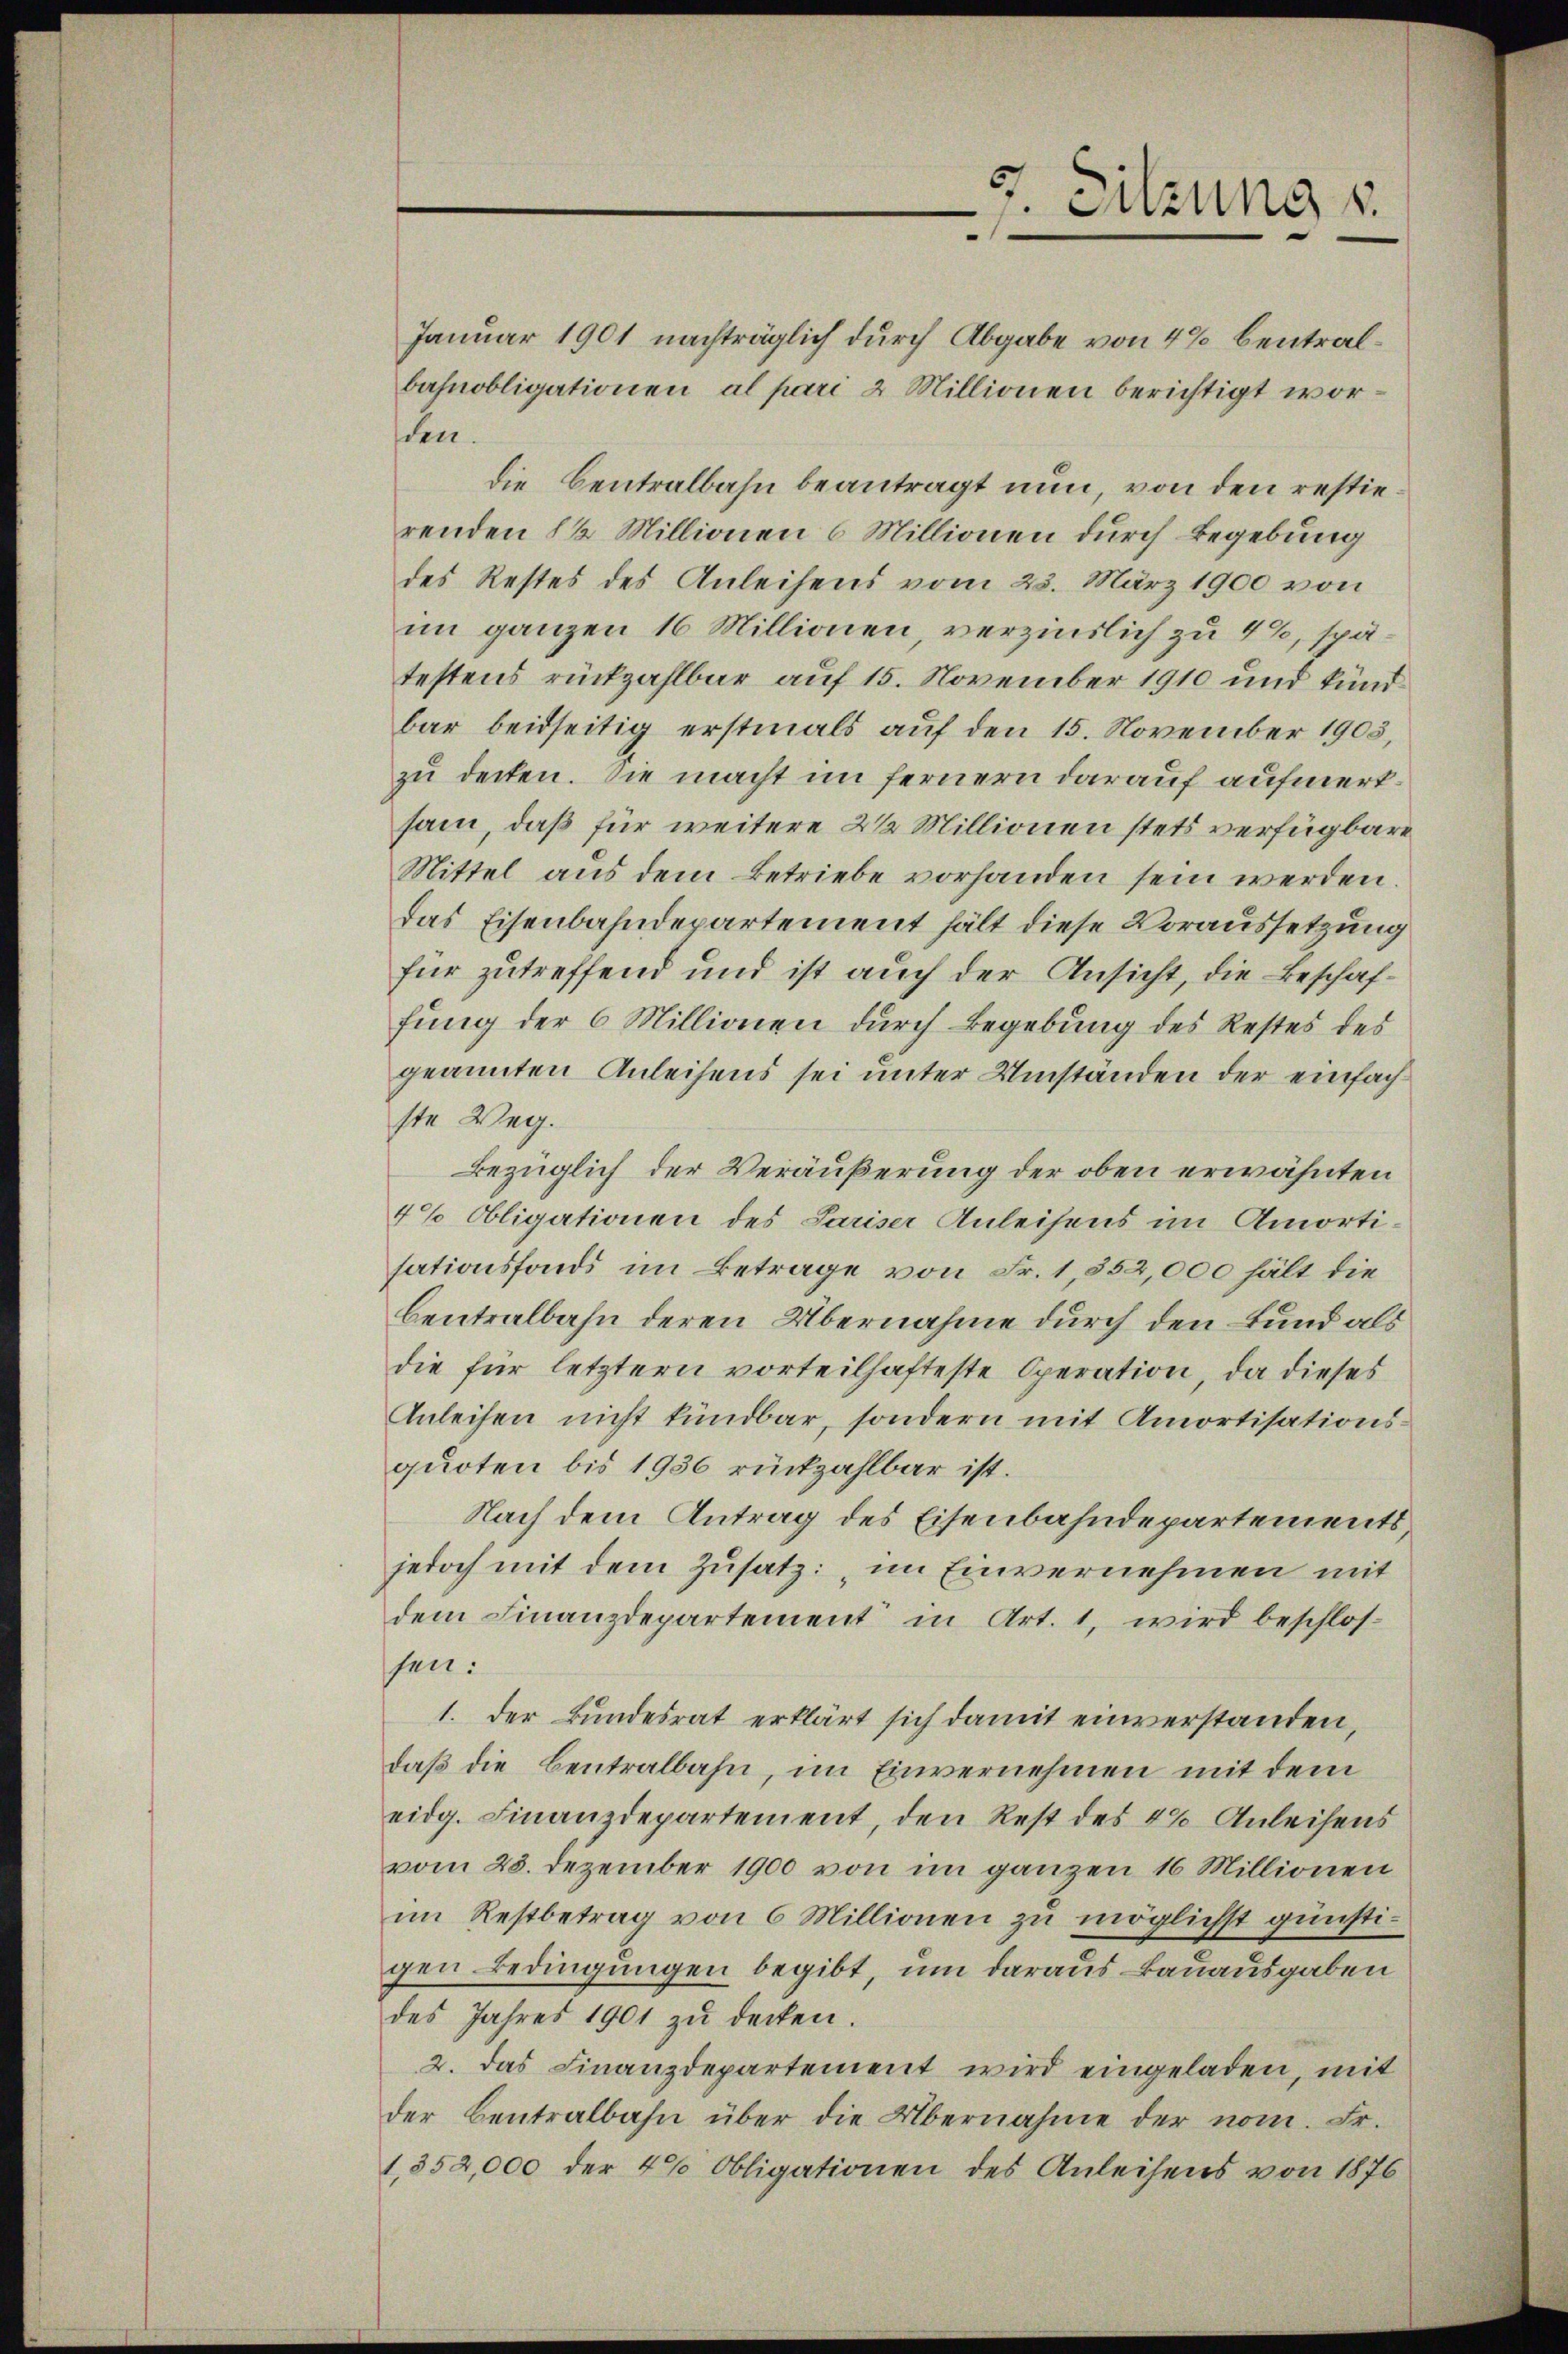
7 Sitzung v

Januar 1901 nachträglich durch Abgabe von 4% Centralbahnobligationen, al pare 2 Millionen berichtigt worden.
die Centralbahn beantragt nun, von den restierenden 1 1/2 Millionen 6 Millionen durch Begebung
des Restes des Anleihens vom 23. März 1900 von
im ganzen 16 Millionen, verzinslich zu 4%, spätestens rückzahlbar auf 15. November 1910 und kundbar beidseitig erstmals auf den 15. November 1903,
zu decken. Sie macht im fernern darauf aufmerksam, daß für weitere 2 1/2 Millionen stets verfügbare
Mittel aus dem Betriebe vorhanden sein werden.
das Eisenbahndepartement hält diese Voraussetzung
für zutreffend und ist auch der Ansicht, die Beschaffung der 6 Millionen durch Begebung des Restes des
geannten Anleihens sei unter Umständen der einfach
ste Weg.
Bezüglich der Veräußerung der oben erwähnten
4% Obligationen des Pariser Anleihens im Amorti-
sationsfonds im Betrage von Fr. 1,552,000 hält die
Centralbahn deren Übernahme durch den und als
die für letztern vorteilhafteste Operation, da dieses
Anleihen nicht kündbar, sondern mit Amortisationsquoten bis 1936 rückzahlbar ist.
Nach dem Antrag des Eisenbahndepartements
jedoch mit dem Zusatz: im Einvernehmen mit
dem Finanzdepartement in Art. 1, wird beschlossen:
1. Der Bundesrat erklärt sich damit einverstanden,
daß die Centralbahn, im Einvernehmen mit dem
eidg. Finanzdepartement, den Rest des 48 Anleihens
vom 28. Dezember 1900 von im ganzen 16 Millionen
im Restbetrag von 6 Millionen zu möglichst günstigen Bedingungen begibt, um daraus Bauausgaben
des Jahres 1901 zu decken.
2. das Finanzdepartement wird eingeladen, mit
der Bentralbahn über die Übernahme der nom. Fr.
1,352,000 der 40 Obligationen des Anleihens von 1876